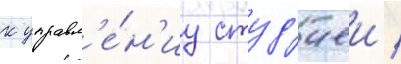
к управл'е́н'иу студ'иеи /